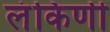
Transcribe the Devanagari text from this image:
लंकिणी